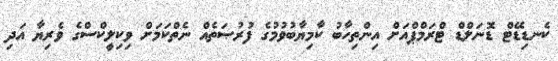
ކެނޑިޑޭޓް ޑޮނަލްޑް ޓްރަމްޕްއަށް އިންތިހާބު ކާމިޔާބުވުމުގެ ފުރުޞަތެއް ނެތްކަމަށް ވިކިލީކްސްގެ ވެރިޔާ އަދި